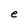
Character: e